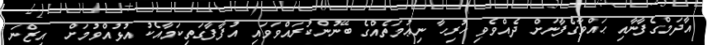
އާދަމްގެފާނާއި ޙައްވާގެފާނަށް ދެއްވެވި ހުރިހާ ނިޢުމަތެއްގެ ބޭނުންކުރައްވަވައި އުފާފާގަތިކަމާއެކު އުޅުއްވުމަށް  އިޒްނަ